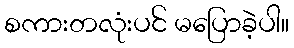
စကားတလုံးပင် မပြောခဲ့ပါ။